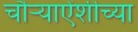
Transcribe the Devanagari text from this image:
चौऱ्याऐंशीच्या